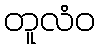
တူလံဝ